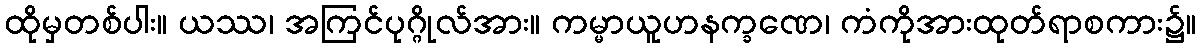
ထိုမှတစ်ပါး။ ယဿ၊ အကြင်ပုဂ္ဂိုလ်အား။ ကမ္မာယူဟနက္ခဏေ၊ ကံကိုအားထုတ်ရာစကား၌။